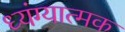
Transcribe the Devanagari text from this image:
ध्यंग्यात्मक